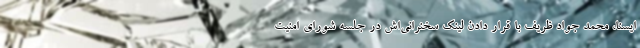
ایسنا، محمد جواد ظریف با قرار دادن لینک سخنرانی‌اش در جلسه شورای امنیت